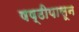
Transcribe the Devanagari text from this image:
षष्ठीपासून